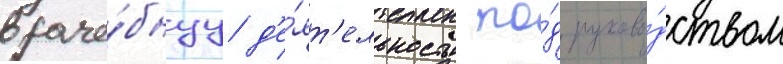
враче́бнуу д'е́ят'ельность по́д руково́дством